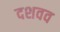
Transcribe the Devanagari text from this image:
दशवव